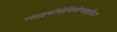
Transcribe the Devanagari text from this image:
ग्लाइकोसेमिनोग्लाइकैन